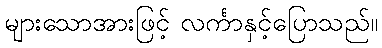
များသောအားဖြင့် လင်္ကာနှင့်ပြောသည်။